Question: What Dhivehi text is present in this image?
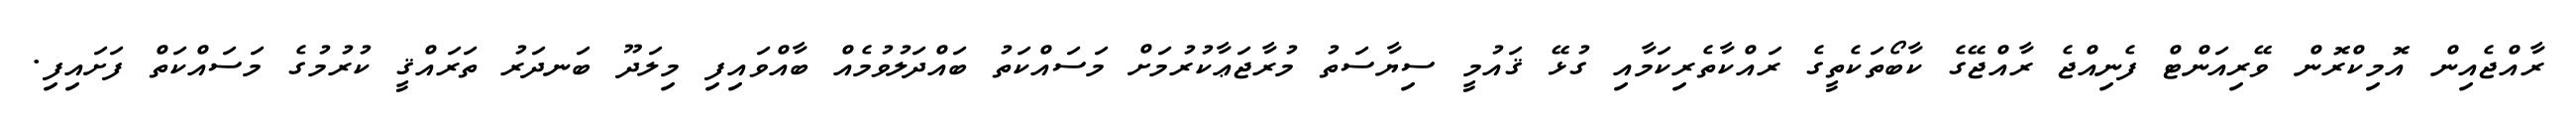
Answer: ރާއްޖެއިން އޮމިކްރޮން ވޭރިއަންޓް ފެނިއްޖެ ރާއްޖޭގެ ކާބޯތަކެތީގެ ރައްކާތެރިކަމާއި ގުޅޭ ޤައުމީ ސިޔާސަތު މުރާޖަޢާކުރުމަށް މަސައްކަތު ބައްދަލުވުމެއް ބާއްވައިފި މިލަދޫ ބަނދަރު ތަރައްޤީ ކުރުމުގެ މަސައްކަތް ފަށައިފި.